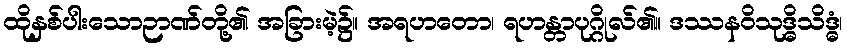
ထိုနှစ်ပါးသောဉာဏ်တို့၏ အခြားမဲ့၌။ အရဟတော၊ ရဟန္တာပုဂ္ဂိုလ်၏။ ဒဿနဝိသုဒ္ဓိသိဒ္ဓံ၊